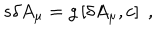
s \delta A _ { \mu } = g \left[ \delta A _ { \mu } , c \right] \; ,